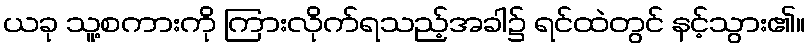
ယခု သူ့စကားကို ကြားလိုက်ရသည့်အခါ၌ ရင်ထဲတွင် နင့်သွား၏။